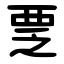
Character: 覂